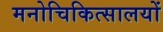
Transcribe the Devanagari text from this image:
मनोचिकित्सालयों